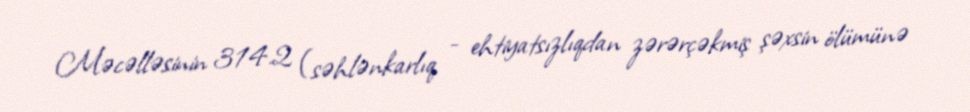
Məcəlləsinin 314.2 (səhlənkarlıq - ehtiyatsızlıqdan zərərçəkmiş şəxsin ölümünə